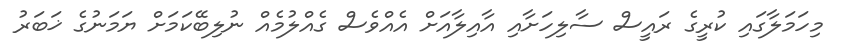
މިހަމަލާގައި ކުރީގެ ރައީސް ސާލިހަށާއި އާއިލާއަށް އެއްވެސް ގެއްލުމެއް ނުލިބޭކަމަށް ޔަމަނުގެ ޚަބަރު